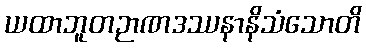
ယထာဘူတဉာဏဒဿနာနိသံသောတိ